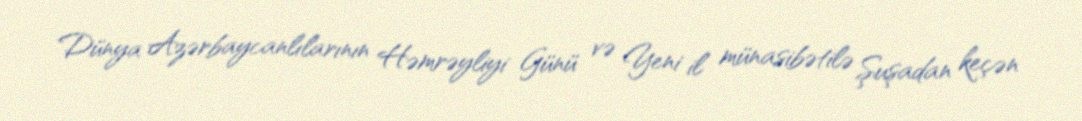
Dünya Azərbaycanlılarının Həmrəyliyi Günü və Yeni il münasibətilə Şuşadan keçən